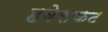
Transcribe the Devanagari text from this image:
हवेसकट